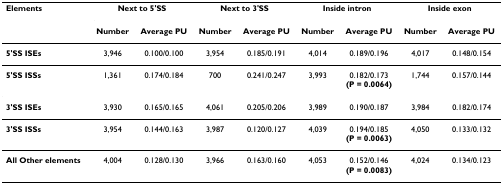
<table><thead><tr><td><b>Elements</b></td><td colspan="2"><b>Next to 5&#x27;SS</b></td><td colspan="2"><b>Next to 3&#x27;SS</b></td><td colspan="2"><b>Inside intron</b></td><td colspan="2"><b>Inside exon</b></td></tr><tr><td></td><td><b>Number</b></td><td><b>Average PU</b></td><td><b>Number</b></td><td><b>Average PU</b></td><td><b>Number</b></td><td><b>Average PU</b></td><td><b>Number</b></td><td><b>Average PU</b></td></tr></thead><tbody><tr><td><b>5&#x27;SS ISEs</b></td><td>3,946</td><td>0.100/0.100</td><td>3,954</td><td>0.185/0.191</td><td>4,014</td><td>0.189/0.196</td><td>4,017</td><td>0.148/0.154</td></tr><tr><td><b>5&#x27;SS ISSs</b></td><td>1,361</td><td>0.174/0.184</td><td>700</td><td>0.241/0.247</td><td>3,993</td><td>0.182/0.173<b>(P = 0.0064)</b></td><td>1,744</td><td>0.157/0.144</td></tr><tr><td><b>3&#x27;SS ISEs</b></td><td>3,930</td><td>0.165/0.165</td><td>4,061</td><td>0.205/0.206</td><td>3,989</td><td>0.190/0.187</td><td>3,984</td><td>0.182/0.174</td></tr><tr><td><b>3&#x27;SS ISSs</b></td><td>3,954</td><td>0.144/0.163</td><td>3,987</td><td>0.120/0.127</td><td>4,039</td><td>0.194/0.185<b>(P = 0.0063)</b></td><td>4,050</td><td>0.133/0.132</td></tr><tr><td><b>All Other elements</b></td><td>4,004</td><td>0.128/0.130</td><td>3,966</td><td>0.163/0.160</td><td>4,053</td><td>0.152/0.146<b>(P = 0.0083)</b></td><td>4,024</td><td>0.134/0.123</td></tr></tbody></table>